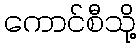
ကောင်စီသို့